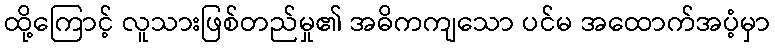
ထို့ကြောင့် လူသားဖြစ်တည်မှု၏ အဓိကကျသော ပင်မ အထောက်အပံ့မှာ